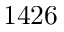
1 4 2 6